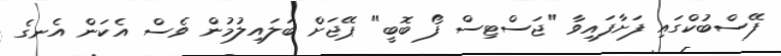
ފޭސްބުކްގައި ފަށާފައިވާ "ޖަސްޓިސް ފޯ ބޮބީ" ޕޭޖަށް ބަލައިލުމުން ވެސް އެކަން އެނގެ